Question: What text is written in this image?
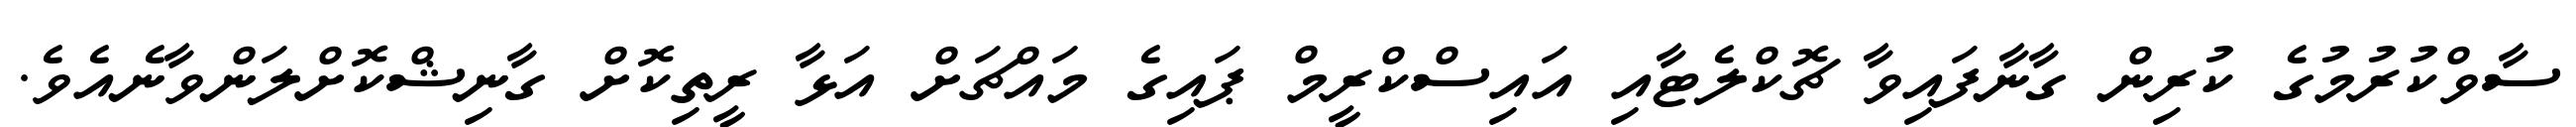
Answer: ސާވްކުރުމުގެ ކުރިން ގާނާފައިވާ ޗޮކްލެޓާއި އައިސްކްރީމް ޕައިގެ މައްޗަށް އަޅާ ރީތިކޮށް ގާނިޝްކޮށްލަންވާނެއެވެ.